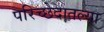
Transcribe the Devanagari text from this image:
परिच्छेदातल्या